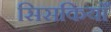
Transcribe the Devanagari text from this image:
सिसकियाँ